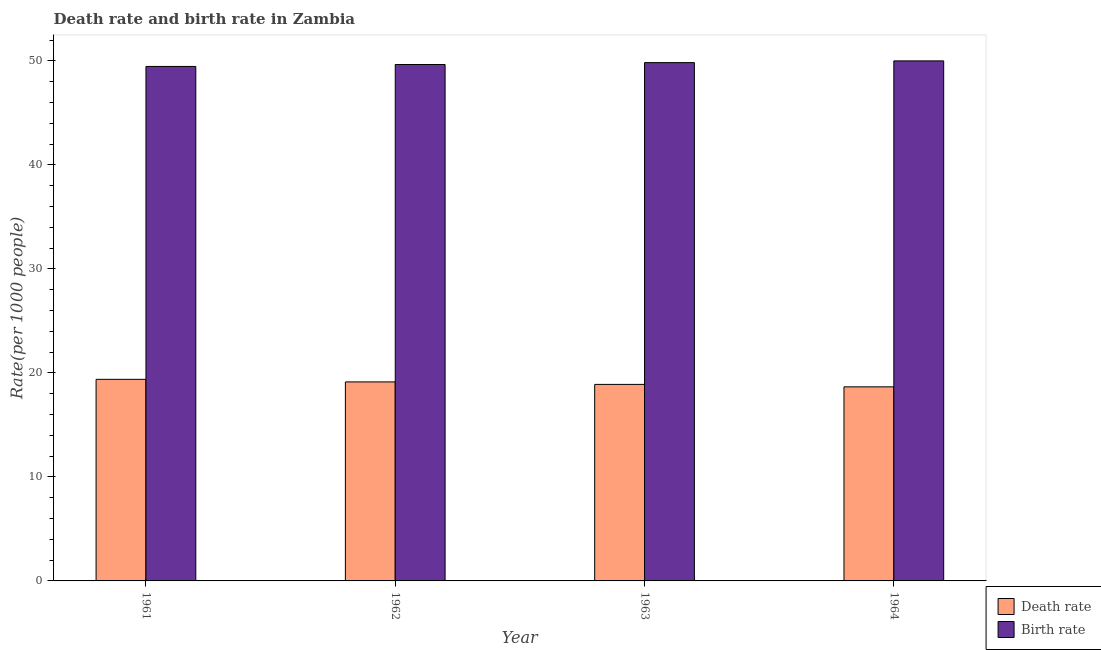
| Year | Death rate | Birth rate |
 | --- | --- | --- |
 | 1961 | 19.4 | 49.5 |
 | 1962 | 19.1 | 49.6 |
 | 1963 | 18.9 | 49.8 |
 | 1964 | 18.7 | 50 |